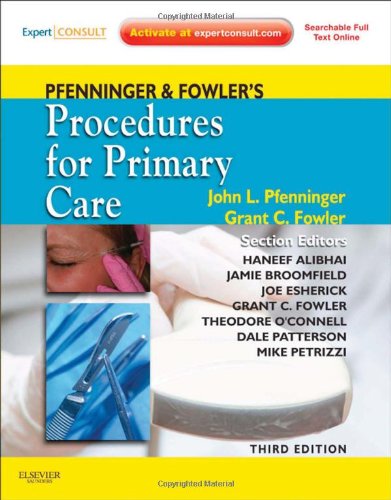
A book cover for Pfenninger and Fowler's Procedures for Primary Care, 3e (Pfenninger, Pfenniger and Fowler's Procedures for Primary Care, Expert Consult); John L. Pfenninger MD  FAAFP; Medical Books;